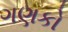
ગણકો